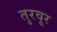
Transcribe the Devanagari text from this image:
तुरवूर